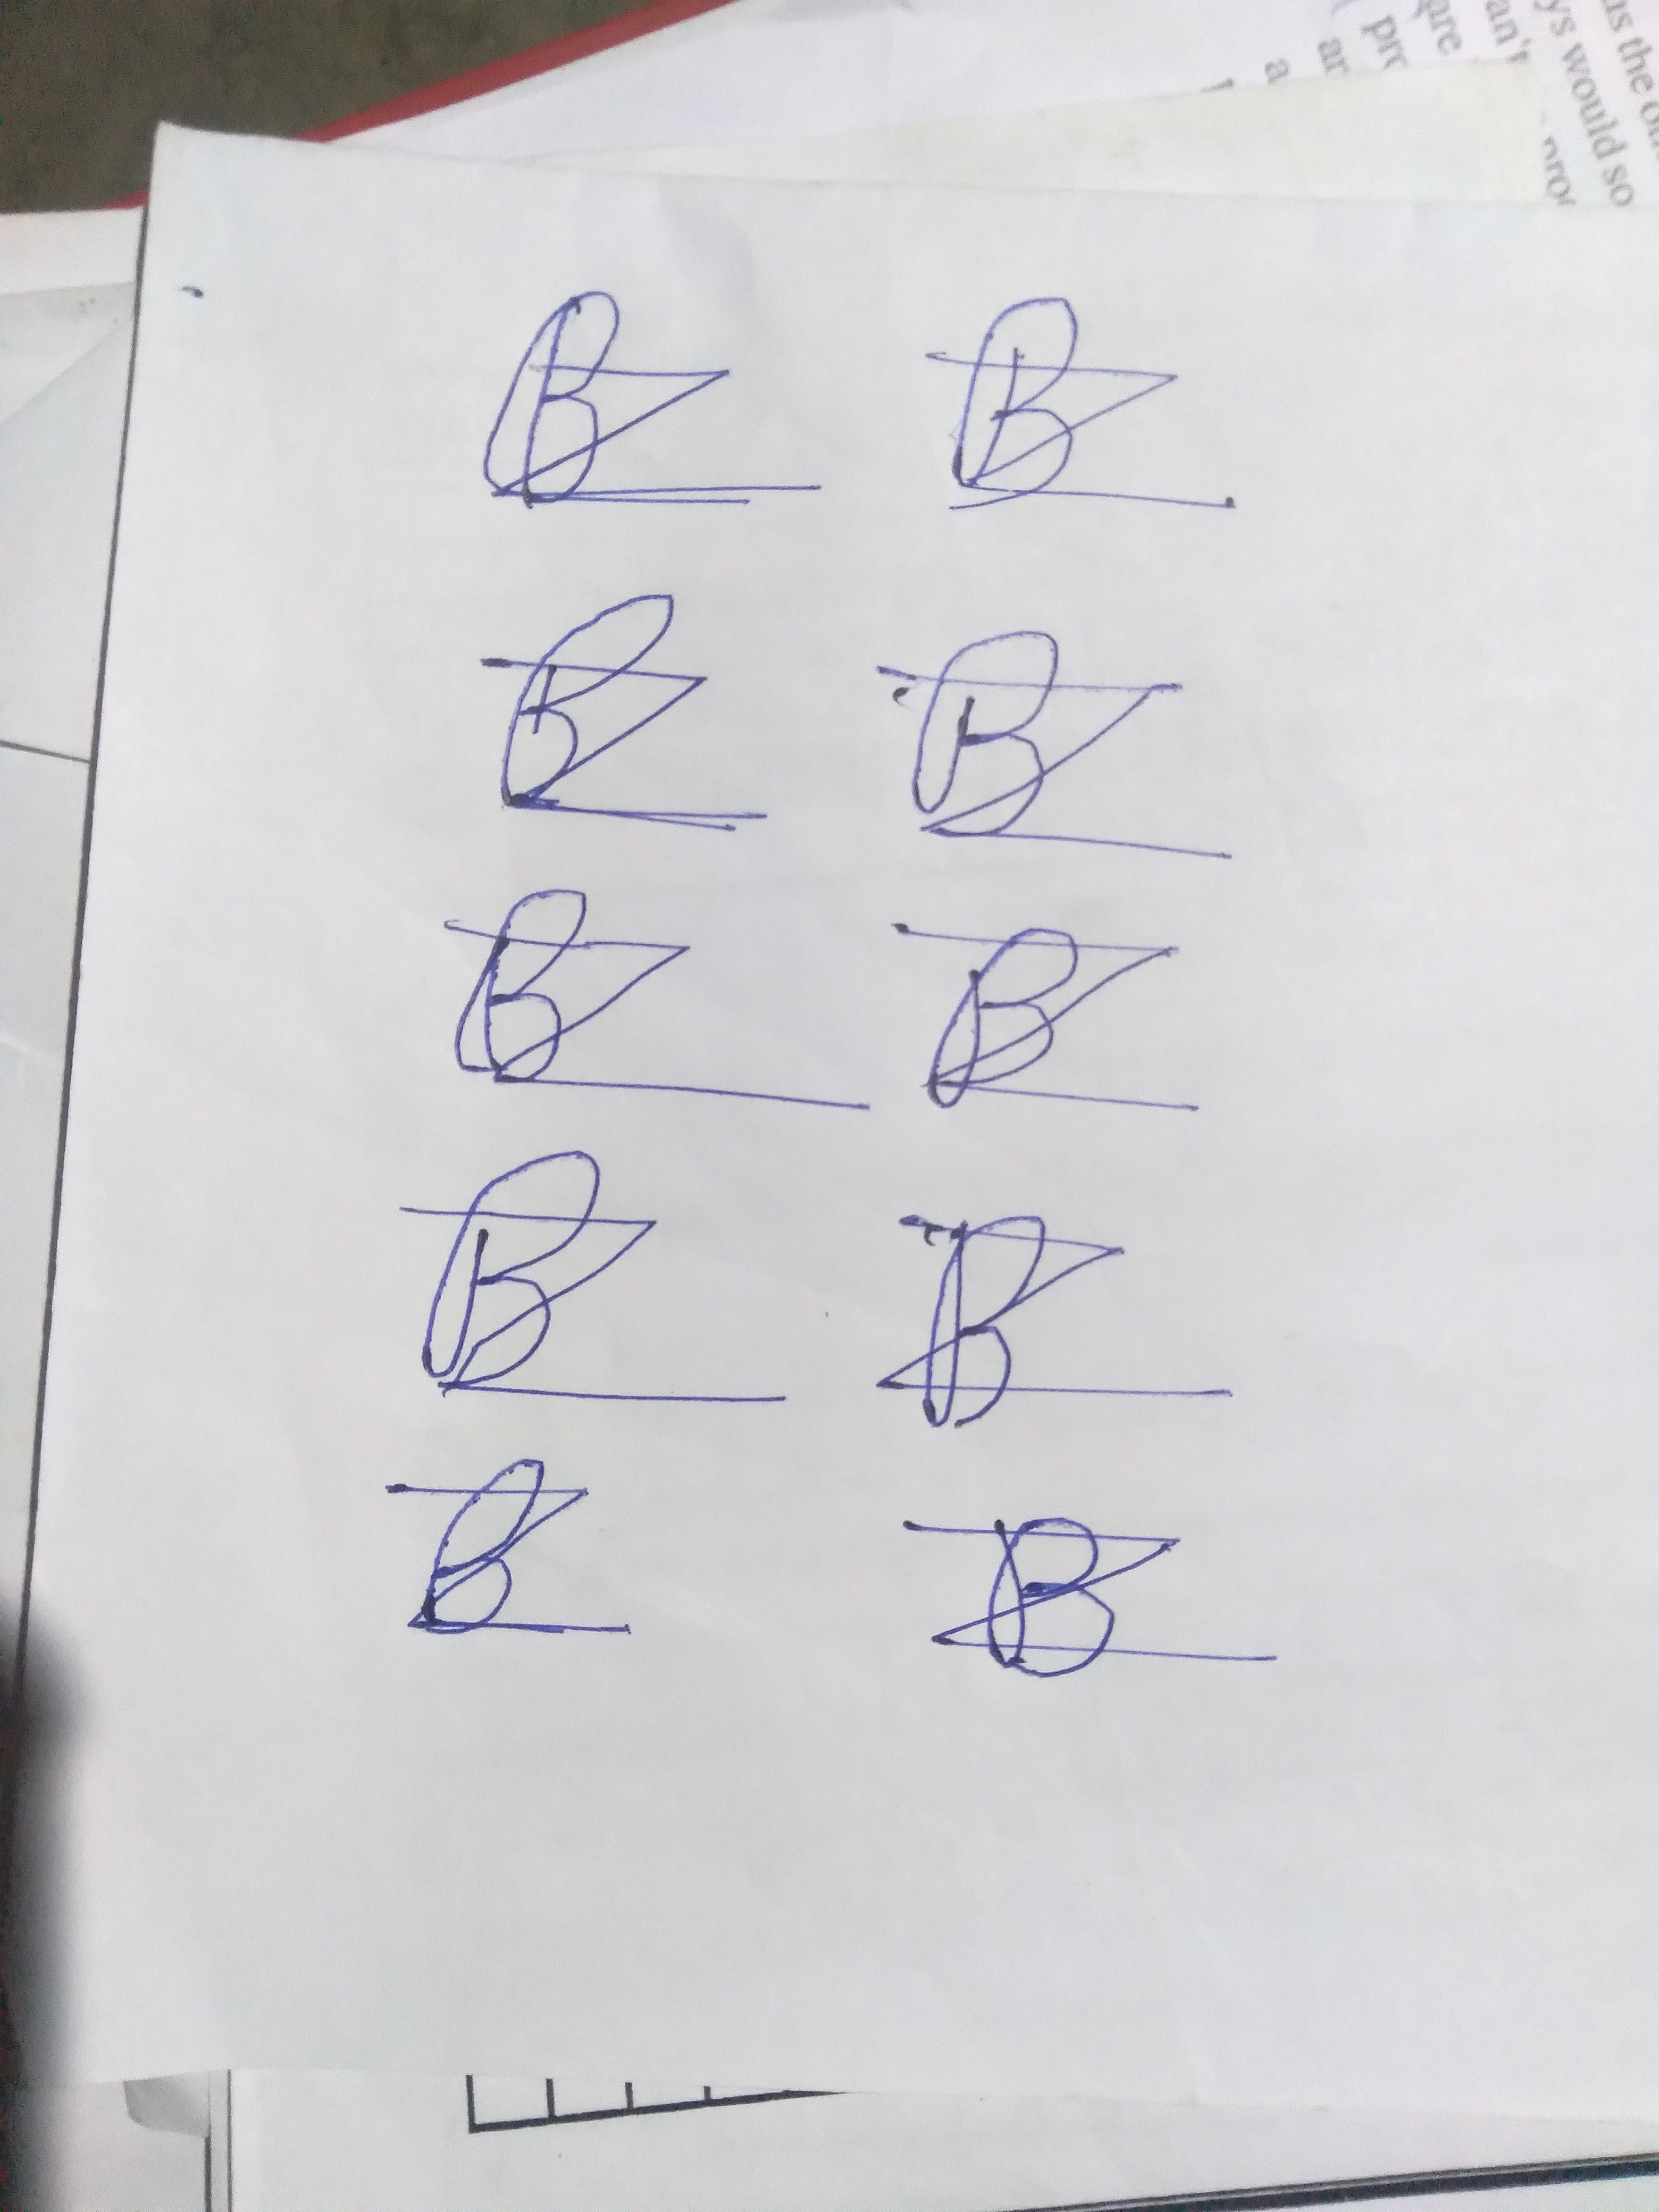
Signature authenticity: forged